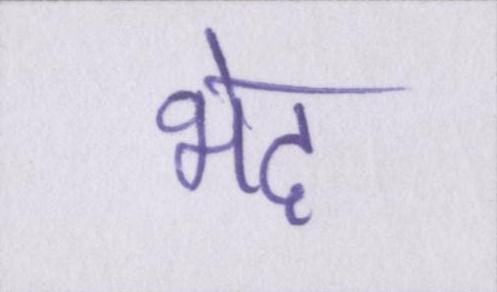
भेद